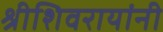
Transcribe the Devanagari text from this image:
श्रीशिवरायांनी